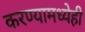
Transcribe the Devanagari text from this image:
करण्यामध्येही